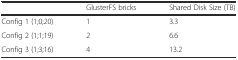
|  | GlusterFS bricks | Shared Disk Size (TB) |
 | --- | --- | --- |
 | Config 1 (1;0;20) | 1 | 3.3 |
 | Config 2 (1;1;19) | 2 | 6.6 |
 | Config 3 (1;3;16) | 4 | 13.2 |